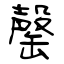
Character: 罄